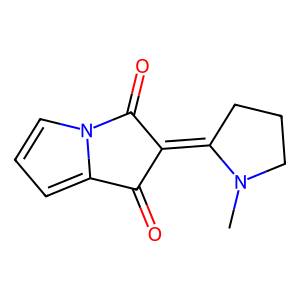
SMILES: CN1CCCC1=C1C(=O)c2cccn2C1=O
Inhibits HIV replication: No